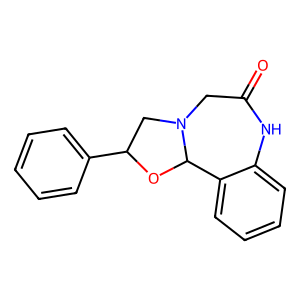
SMILES: O=C1CN2CC(c3ccccc3)OC2c2ccccc2N1
Inhibits HIV replication: No